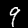
Digit: 9